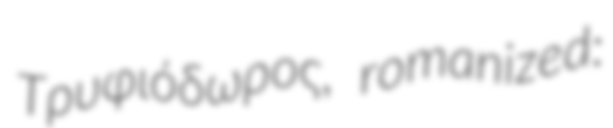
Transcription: Τρυφιόδωρος, romanized: